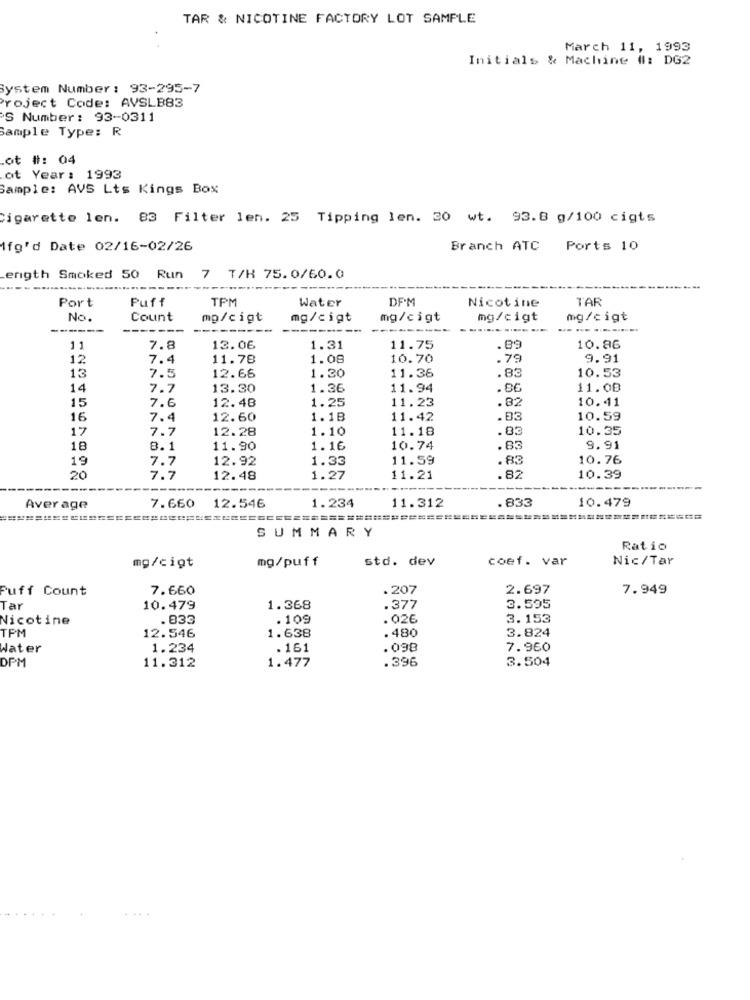
TAR & NICOTINE FACTORY LOT SAMPLE
March 11, 1993
Initials & Machine #: DG2
System Number : 93-295-7
Project Code: AVSLB83
'S Number: 93-0311
Sample Type: R
.ot #: 04
ot Year: 1993
Sample: AVS Lts Kings Box
Cigarette len. 83 Filter len. 25 Tipping len. 20 wt. 93.8 g/100 cigts
1fg'd Date 02/16-02/26
Branch ATC Ports 10
ength Smoked 50 Run 7 T/H 75.0/60.0
Port
Puff
TPM
DPM
TAR
Water
Nicotine
No.
Count
mp/cigt
mg/cigt
mg/cigt
mg/cigt
mg/cigt
----
---
--------
11
7.8
13.06
1.31
11.75
.89
10.86
12
7.4
11.78
1.08
10.70
.79
9.91
13
1.30
11.36
.83
10.53
7.5
12.66
14
7.7
13.30
1.36
11.94
11.08
15
7.6
12.48
1.25
11.23
.82
10.41
16
7.4
12.60
1.18
11.42
.83
10.59
17
7.7
12.28
1.10
11.18
.03
10.35
18
8.1
11.90
1.16
10.74
.83
9.91
19
7.7
12.92
1.33
11.59
.83
10.76
20
7.7
12.48
1.27
11.21
.82
10.39
Aver age
7.660 12.546
7.660
12.546
1.234
11.312
.833
10.479
SUMMARY
Ratio
mg/puff
std. dev
coef. var
Nic/Tar
mg/cigt
Puff Count
7.660
.207
2.697
7.949
Tar
10.479
1.368
.377
3.595
Nicotine
.833
.109
.026
3.153
TPM
1.638
.480
3.824
12.546
Water
1.234
.161
.098
7.960
.396
3.504
DPM
11.312
1.477